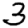
Digit: 3